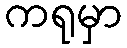
ကရုမှာ